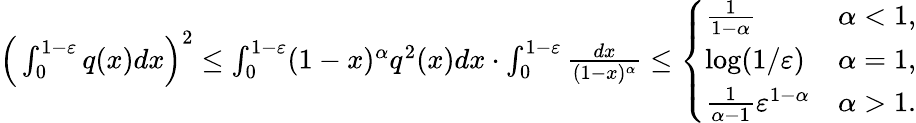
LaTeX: \begin{array}{r}{\Big(\int_{0}^{1-\varepsilon}q(x)dx\Big)^{2}\leq\int_{0}^{1-\varepsilon}(1-x)^{\alpha}q^{2}(x)dx\cdot\int_{0}^{1-\varepsilon}\frac{dx}{(1-x)^{\alpha}}\leq\left\{ \begin{array}{ll}{\frac{1}{1-\alpha}}&{\alpha<1,}\\ {\log(1/\varepsilon)}&{\alpha=1,}\\ {\frac{1}{\alpha-1}\varepsilon^{1-\alpha}}&{\alpha>1.}\end{array}\right.}\end{array}